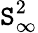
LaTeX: \mathtt{S}_{\infty}^{2}